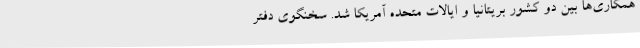
همکاری‌ها بین دو کشور بریتانیا و ایالات متحده آمریکا شد. سخنگوی دفتر